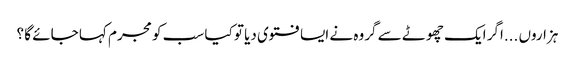
ہزاروں ...اگر ایک چھوٹے سے گروہ نے ایسا فتوی دیا تو کیا سب کو مجرم کہا جائے گا ؟